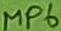
Text: MP6